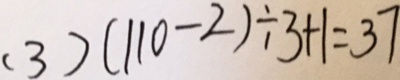
( 3 ) ( 1 1 0 - 2 ) \div 3 + 1 = 3 7